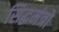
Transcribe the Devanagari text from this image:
सिद्धमंत्रो